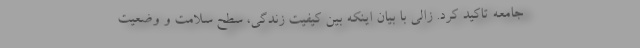
جامعه تاکید کرد. زالی با بیان اینکه بین کیفیت زندگی، سطح سلامت و وضعیت